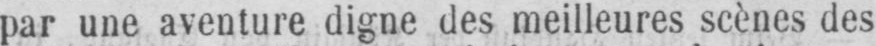
par une aventure digne des meilleures scènes des